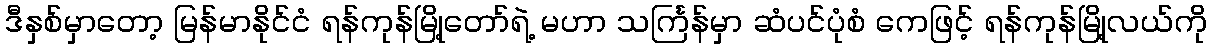
ဒီနှစ်မှာတော့ မြန်မာနိုင်ငံ ရန်ကုန်မြို့တော်ရဲ့ မဟာ သင်္ကြန်မှာ ဆံပင်ပုံစံ ကေဖြင့် ရန်ကုန်မြို့လယ်ကို